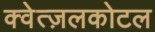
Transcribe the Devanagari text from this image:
क्वेत्ज़लकोटल